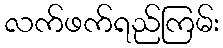
လက်ဖက်ရည်ကြမ်း